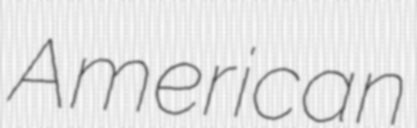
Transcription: American